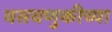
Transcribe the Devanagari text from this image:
वसवणुकीच्या